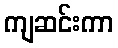
ကျဆင်းကာ